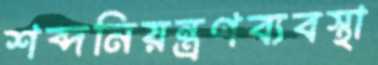
শব্দনিয়ন্ত্রণব্যবস্থা